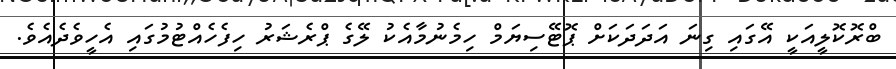
ބްރޮކޮލީއަކީ އޭގައި ގިނަ އަދަަދަކަށް ޕޮޓޭސިޔަމް ހިމެނުމާއެކު ލޭގެ ޕްރެޝަރު ހިފެހެއްޓުމުގައި އެހީވެދެއެވެ.